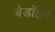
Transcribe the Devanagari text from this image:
बेडॉइन